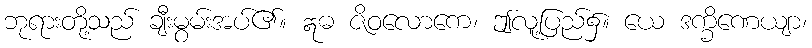
ဘုရားတို့သည် ချီးမွမ်းအပ်၏။ ဣဓ ဇိဝလောကေ၊ ဤလူ့ပြည်၌။ ယေ ဒက္ခိဏေယျာ၊